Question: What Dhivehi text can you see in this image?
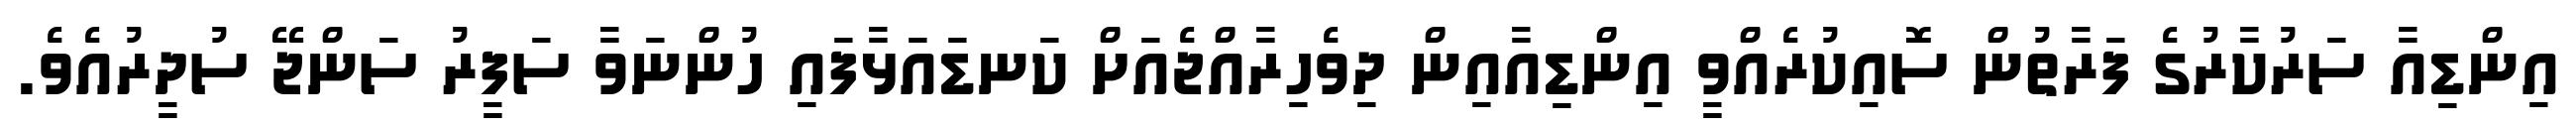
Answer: އިންޑިއާ ސަރުކާރުގެ ފަރާތުން ސޮއިކުރެއްވީ އިންޑިއާއިން ދިވެހިރާއްޖެއަށް ކަނޑައަޅާފައި ހުންނަވާ ސަފީރު ސަންޖޭ ސުދީރުއެވެ.